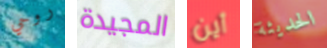
روحي المجيدة أين الحديثة